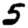
Digit: 5